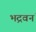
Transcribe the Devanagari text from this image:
भद्रवनं